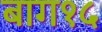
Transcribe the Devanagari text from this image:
बाग१५